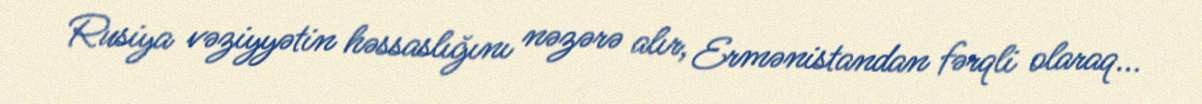
Rusiya vəziyyətin həssaslığını nəzərə alır, Ermənistandan fərqli olaraq...